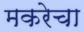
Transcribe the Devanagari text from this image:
मकरेचा